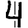
Digit: 4